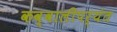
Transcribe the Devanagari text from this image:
कव्वालीपर्यंत